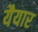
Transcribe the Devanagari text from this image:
यैयार